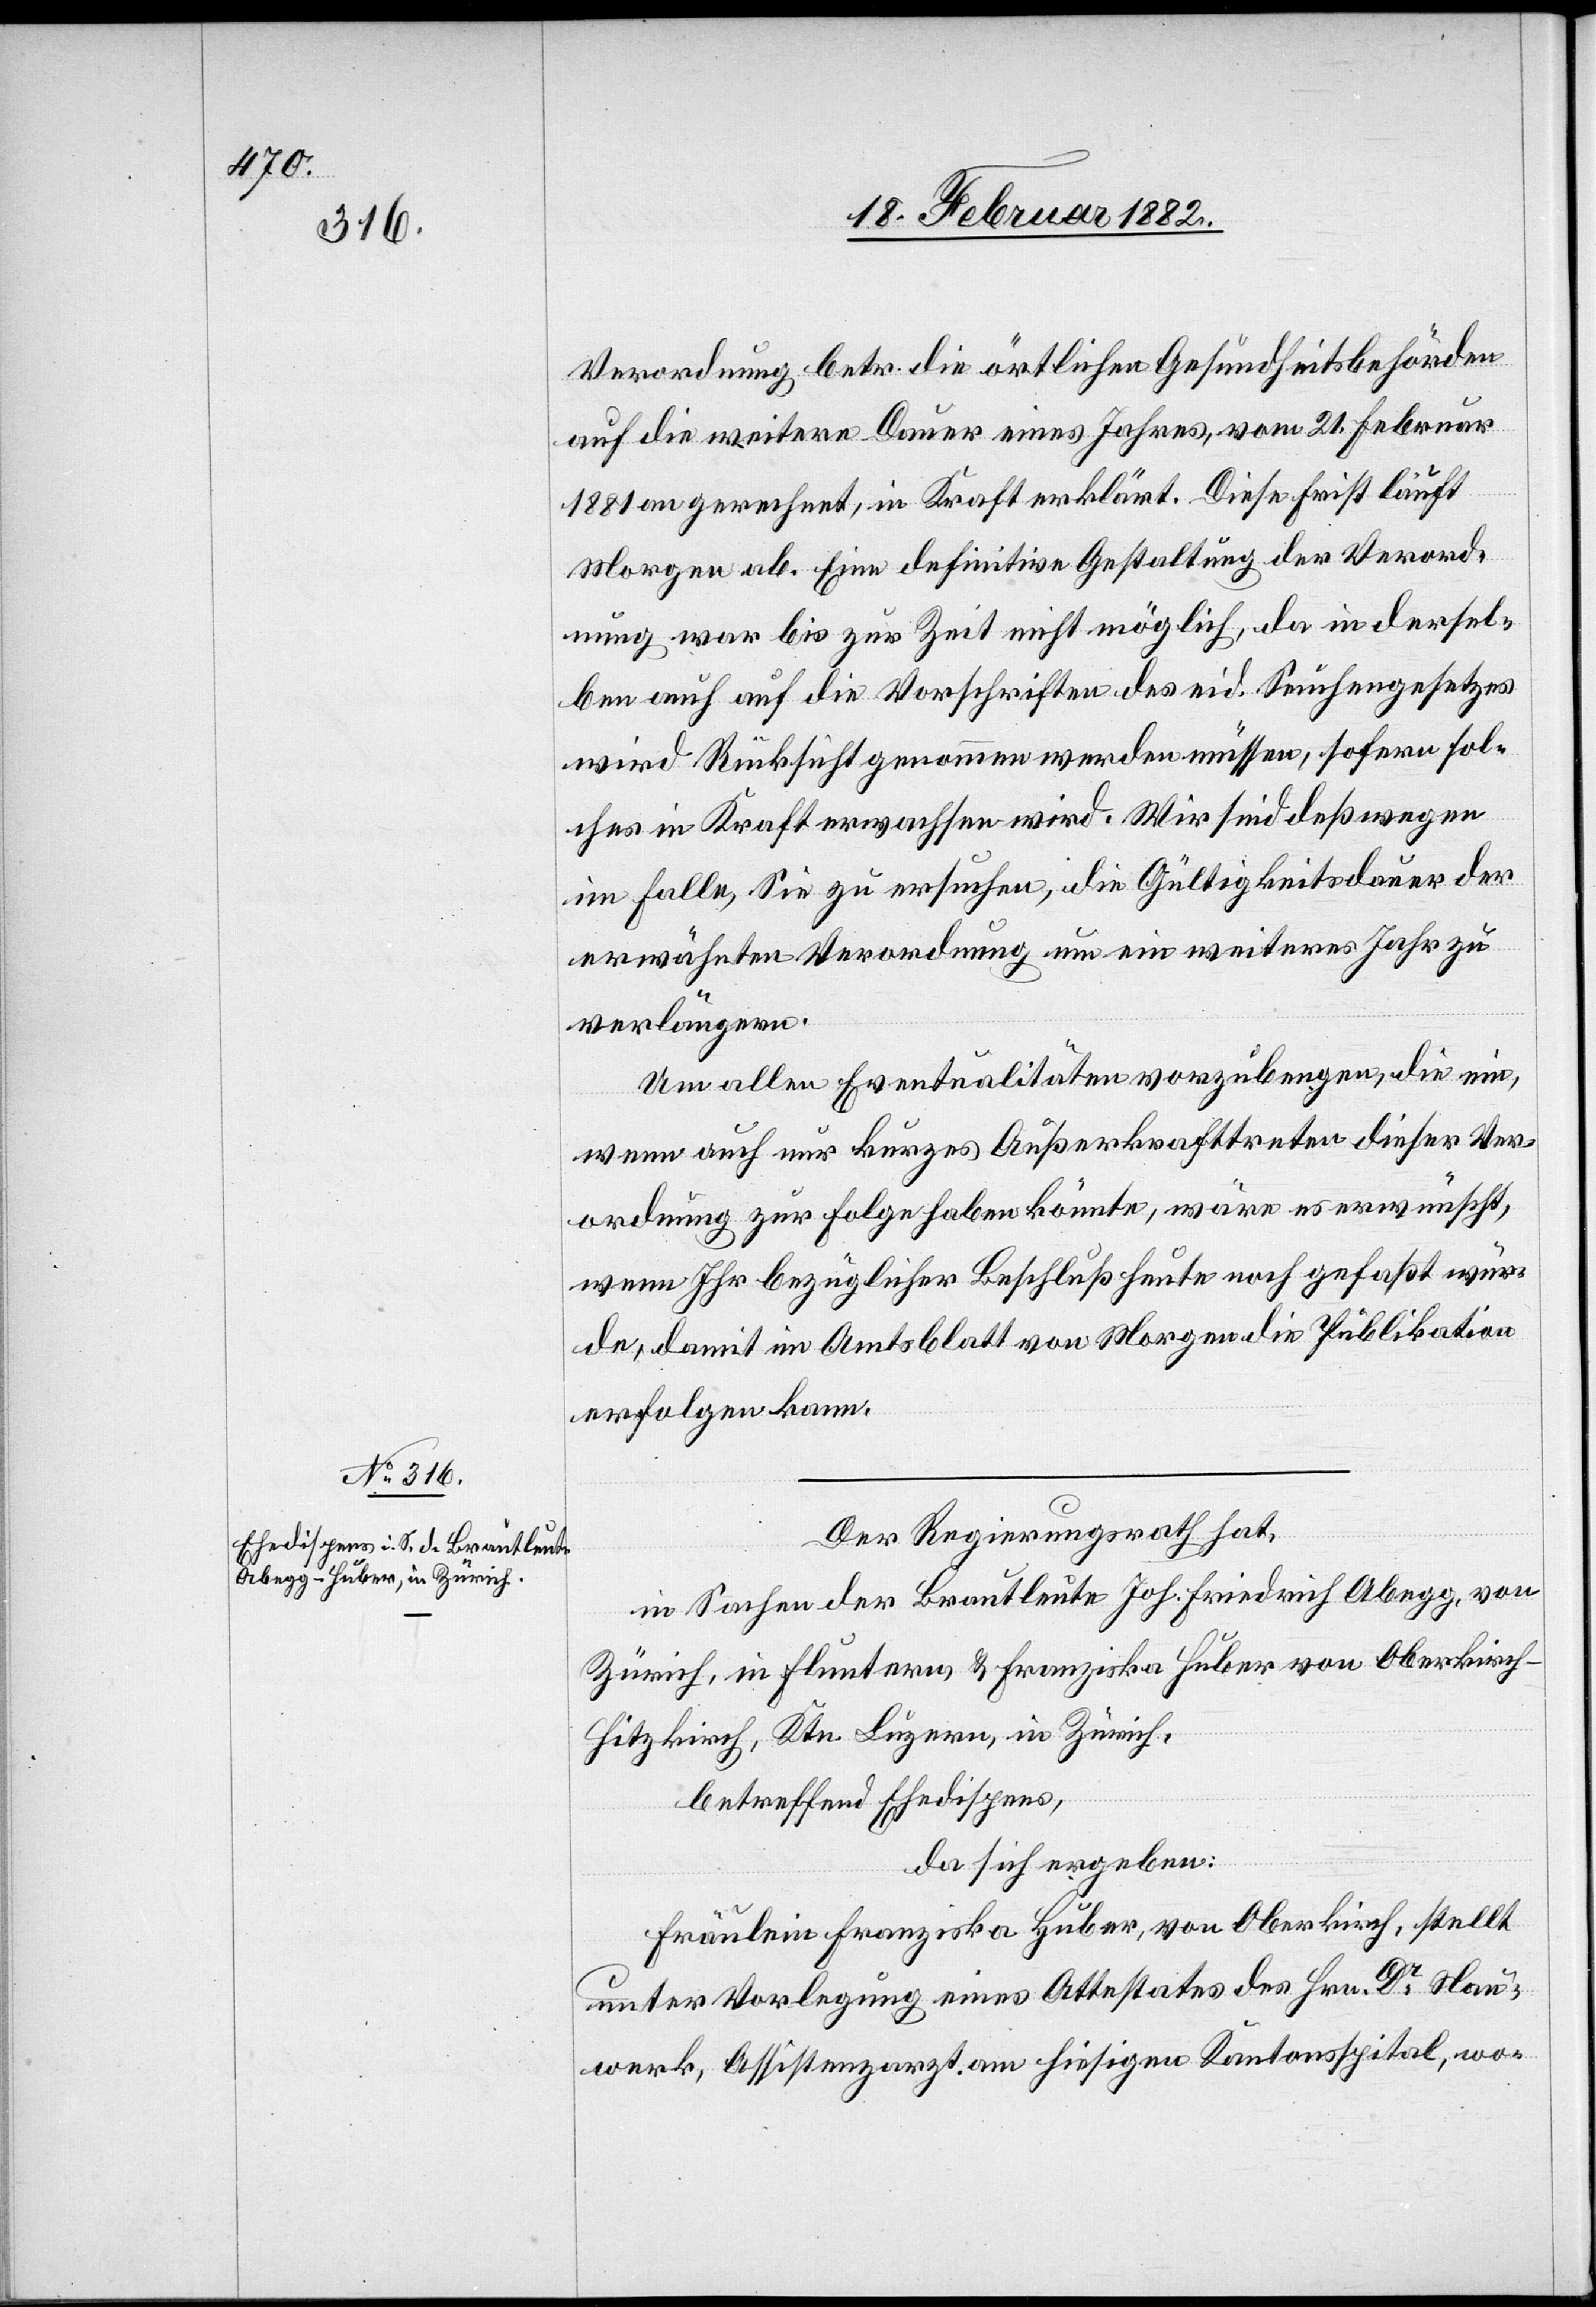
20. Februar 1882.]
Verordnung betr. die örtlichen Gesundheitsbehörden
auf die weitere Dauer eines Jahres, vom 21. Februar
1881 an gerechnet, in Kraft erklärt. Diese Frist läuft
Morgen ab. Eine definitive Gestaltung der Verord¬
nung war bis zur Zeit nicht möglich, da in dersel¬
ben auch auf die Vorschriften des eid. Seuchengesetzes
wird Rücksicht genommen werden müssen, sofern sol¬
ches in Kraft erwachsen wird. Wir sind deßwegen
im Falle, Sie zu ersuchen, die Gültigkeitsdauer der
erwähnten Verordnung um ein weiteres Jahr zu
verlängern.
Um alle Eventualitäten vorzubeugen, die ein,
wenn auch nur kurzes Außerkrafttreten dieser Ver¬
ordnung zur Folge haben könnte, wäre es erwünscht,
wenn Ihr bezüglicher Beschluß heute noch gefaßt wür¬
de, damit im Amtsblatt von Morgen die Publikation
erfolgen kann.
Der Regierungsrath hat,
in Sachen der Brautleute Joh. Friedrich Abegg, von
Zürich, in Fluntern, & Franziska Huber von Oberkirch
Hitzkirch, Ktn. Luzern, in Zürich,
betreffend Ehedispens,
da sich ergeben:
Fräulein Franziska Huber, von Oberkirch, stellt
unter Vorlegung eines Attestates des Hrn. Dr Nau¬
werk, Assistenzarzt am hiesigen Kantonsspital, wo-